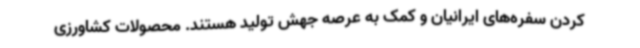
کردن سفره‌های ایرانیان و کمک به عرصه جهش تولید هستند. محصولات کشاورزی